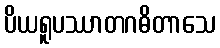
ပိယရူပဿာတဂဓိတာသေ